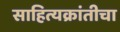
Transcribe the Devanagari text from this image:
साहित्यक्रांतीचा